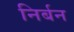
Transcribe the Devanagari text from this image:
निर्बन